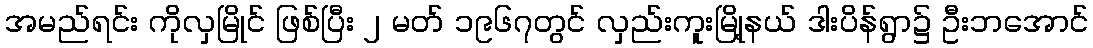
အမည်ရင်း ကိုလှမြိုင် ဖြစ်ပြီး ၂ မတ် ၁၉၆၇တွင် လှည်းကူးမြို့နယ် ဒါးပိန်ရွာ၌ ဦးဘအောင်